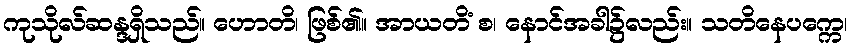
ကုသိုလ်ဆန္ဒရှိသည်။ ဟောတိ၊ ဖြစ်၏။ အာယတိံ စ၊ နောင်အခါ၌လည်း။ သတိနေပက္ကေ၊